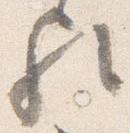
歟